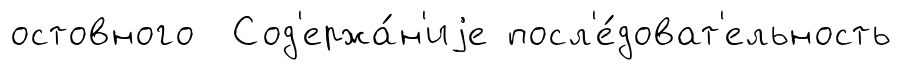
остовного Сод'ержа́н'иjе посл'е́доват'ельность